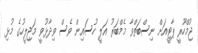
ޖުމްހޫރީ ޕާޓީއަށް ނިސްބަތްވާ މެމްބަރު އަލީ ހުސައިން ވެސް ވިދާޅުވީ މަޖިލީހުގެ މުޅި